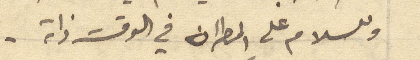
وللسلام على المطران في الوقت ذاته -